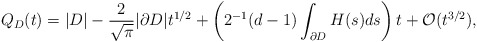
\begin{align*}Q_{D}(t)=|D|-\frac{2}{\sqrt{\pi}}|\partial D|t^{1/2}+\left(2^{-1}(d-1)\int_{\partial D}H(s)ds\right) t +\mathcal{O}(t^{3/2}), \end{align*}